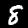
Digit: 8